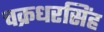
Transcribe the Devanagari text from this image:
चक्रधरसिंह